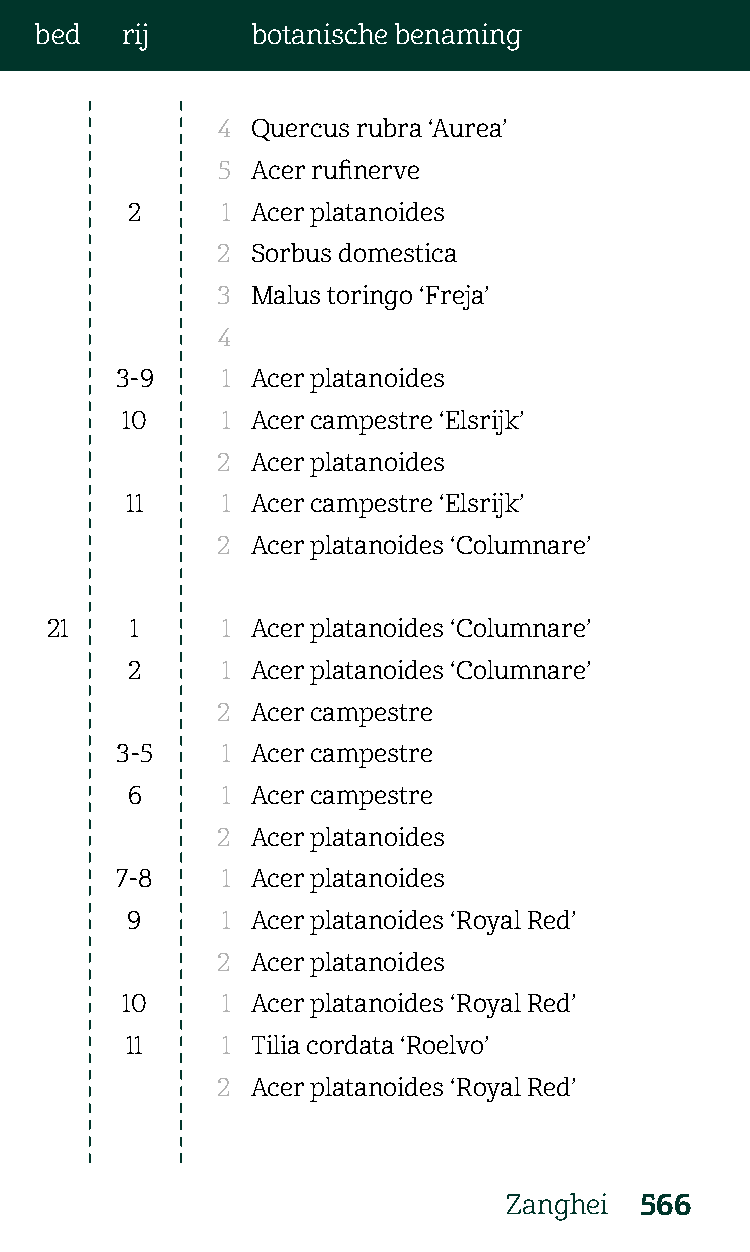
bed   rij      botanische benaming
 4  Quercus rubra ‘Aurea’
 5  Acer rufinerve
 2      1 Acer platanoides
 2  Sorbus domestica
 3  Malus toringo ‘Freja’
 4
 3-9    1 Acer platanoides
 10     1 Acer campestre ‘Elsrijk’
 2  Acer platanoides
 11     1 Acer campestre ‘Elsrijk’
 2  Acer platanoides ‘Columnare’
 21    1     1 Acer platanoides ‘Columnare’
 2      1 Acer platanoides ‘Columnare’
 2  Acer campestre
 3-5    1 Acer campestre
 6      1 Acer campestre
 2  Acer platanoides
 7-8    1 Acer platanoides
 9      1 Acer platanoides ‘Royal Red’
 2  Acer platanoides
 10     1 Acer platanoides ‘Royal Red’
 11     1 Tilia cordata ‘Roelvo’
 2  Acer platanoides ‘Royal Red’
 Zanghei 566